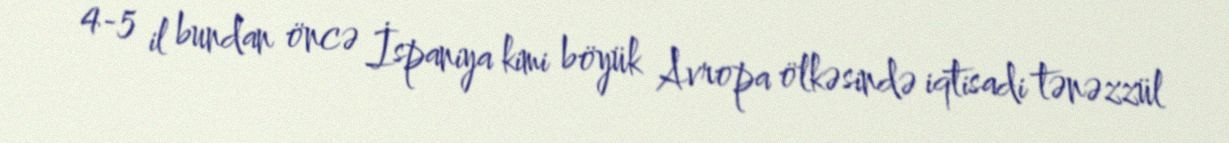
4-5 il bundan öncə İspaniya kimi böyük Avropa ölkəsində iqtisadi tənəzzül